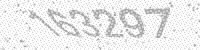
Solution: 163297